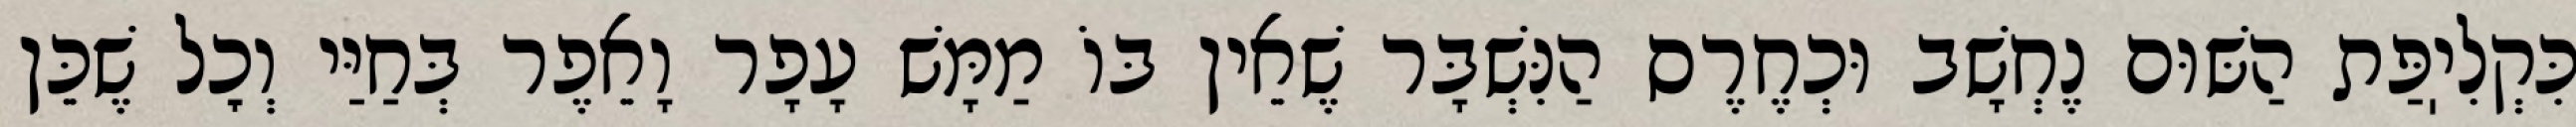
כִּקְלִיֽפַּת הַשּׁוּם נֶחְשָׁב וּכְחֶרֶס הַנִּשְׁבָּר שֶׁאֵין בּוֹ מַמָּשׁ עָפָר וָאֵפֶר בְּחַיַּי וְכׇל שֶׁכֵּן